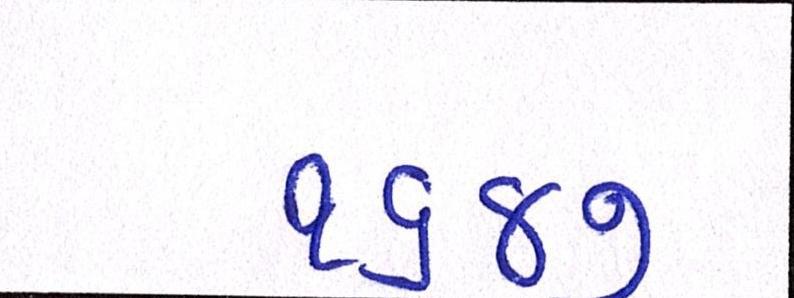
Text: ૧૬૪૭